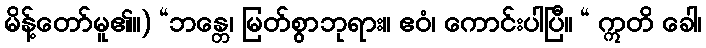
မိန့်တော်မူ၏။) “ဘန္တေ၊ မြတ်စွာဘုရား။ ဧဝံ၊ ကောင်းပါပြီ။ “ ဣတိ ခေါ၊